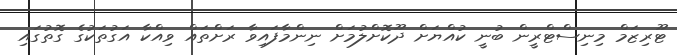
ޓޫރިޒަމް މިނިސްޓްރީން ބުނީ ކުއްޔަށް ދޫކޮށްލުމަށް ނިންމާފައިވާ ރަށްތައް ވިއްކާ އަގުތަކުގެ ގޮތުގައި